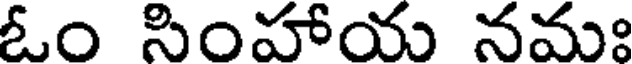
ఓం సింహాయ నమః